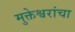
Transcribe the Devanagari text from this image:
मुक्तेश्वरांचा